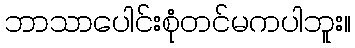
ဘာသာပေါင်းစုံတင်မကပါဘူး။